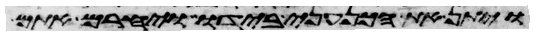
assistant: ויתן את הכנעני בידו ויחרם אתם